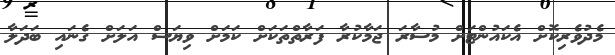
މެދުވެރިކޮށް އެކައުންޓަށް މުސާރަ ޖަމާކުރާ ފަރާތްތަކަށް ކަމަށް ވިޔަސް އަލަށް ގެނައި ބަދަލާ